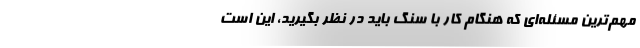
مهم‌ترین مسئله‌ای که هنگام کار با سنگ باید در نظر بگیرید، این است